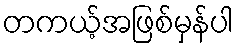
တကယ့်အဖြစ်မှန်ပါ